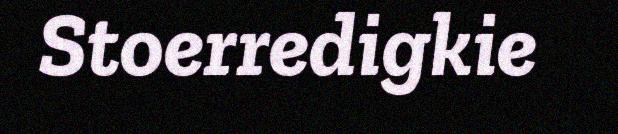
Stoerredigkie